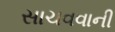
સાચવવાની